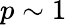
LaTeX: p\sim 1